Indian journal of veterinary science and animal husbandry - Volumes 18-21, 1948-1951
Year: 1948
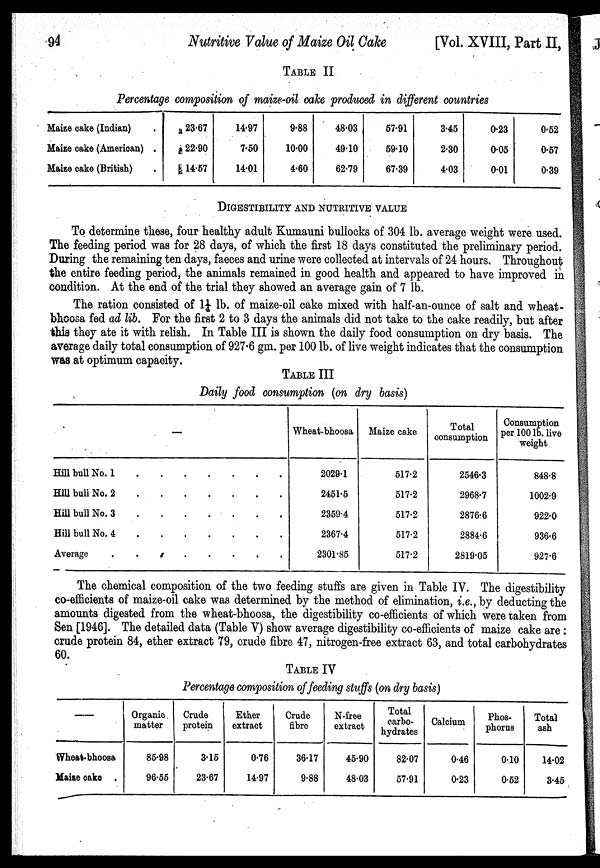
94
Nutritive Value of Maize Oil Cake
[Vol. XVIII, Part II,
TABLE II
Percentage composition of maize-oil cake produced in different countries
Maize cake (Indian) .
Maize cake (American) .
Maize cake (British) .
23.67
22.90
14.57
14.97
7.50
14.01
9.88
10.00
4.60
48.03
49.10
62.79
57.91
59.10
67.39
3.45
2.30
4.03
0.23
0.05
0.01
0.52
0.57
0.39
DIGESTIBILITY AND NUTRITIVE VALUE
To determine these, four healthy adult Kumauni bullocks of 304 lb. average weight were used.
The feeding period was for 28 days, of which the first 18 days constituted the preliminary period.
During the remaining ten days, faeces and urine were collected at intervals of 24 hours. Throughout
the entire feeding period, the animals remained in good health and appeared to have improved in
condition. At the end of the trial they showed an average gain of 7 lb.
The ration consisted of 1¼ lb. of maize-oil cake mixed with half-an-ounce of salt and wheat-
bhoosa fed ad lib. For the first 2 to 3 days the animals did not take to the cake readily, but after
this they ate it with relish. In Table III is shown the daily food consumption on dry basis. The
average daily total consumption of 927.6 gm. per 100 lb. of live weight indicates that the consumption
was at optimum capacity.
TABLE III
Daily food consumption (on dry basis)
—
Hill bull No. 1
.
.
.
.
.
.
.
Hill bull No. 2
.
.
.
.
.
.
.
Hill bull No. 3 . . . . . . .
Hill bull No. 4
.
.
.
.
.
.
.
Average
.
.
.
.
.
.
.
.
Wheat-bhoosa
2029.1
2451.5
2359.4
2367.4
2301.85
Maize cake
517.2
517.2
517.2
517.2
517.2
Total
consumption
2546.3
2968.7
2876.6
2884.6
2819.05
Consumption
per 100 lb. live
weight
848.8
1002.9
922.0
936.6
927.6
The chemical composition of the two feeding stuffs are given in Table IV. The digestibility
co-efficients of maize-oil cake was determined by the method of elimination, i.e., by deducting the
amounts digested from the wheat-bhoosa, the digestibility co-efficients of which were taken from
Sen [1946]. The detailed data (Table V) show average digestibility co-efficients of maize cake are:
crude protein 84, ether extract 79, crude fibre 47, nitrogen-free extract 63, and total carbohydrates
60.
TABLE IV
Percentage composition of feeding stuffs (on dry basis)
—
Wheat-bhoosa
Maize cake
Organic
matter
85.98
96.55
Crude
protein
3.15
23.67
Ether
extract
0.76
14.97
Crude
fibre
36.17
9.88
N-free
extract
45.90
48.03
Total
carbo-
hydrates
82.07
57.91
Calcium
0.46
0.23
Phos-
phorus
0.10
0.52
Total
ash
14.02
3.45